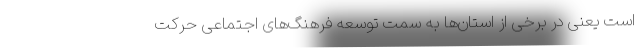
است یعنی در برخی از استان‌ها به سمت توسعه فرهنگ‌های اجتماعی حرکت